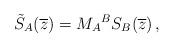
LaTeX: \begin{align*}\tilde{S}_A(\overline{z}) = {M_A}^B S_B(\overline{z})\, ,\end{align*}